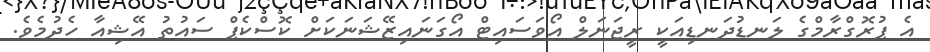
އެ ޕުރޮގްރާމްގެ ލަނޑުދަނޑިއަކީ ރީޖަނަލް އޯވަސައިޓް އޯގަނައިޒޭޝަނަކަށް ކޮސްކެޕް ސައުތު އޭޝިއާ ހެދުމެވެ.